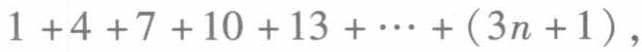
$1 + 4 + 7 + 10 + 13 + \cdots + (3n + 1)$